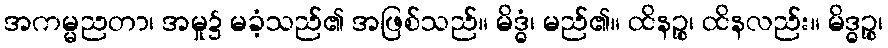
အကမ္မညတာ၊ အမှု၌ မခံ့သည်၏ အဖြစ်သည်။ မိဒ္ဓံ၊ မည်၏။ ထိနဉ္စ၊ ထိနလည်း။ မိဒ္ဓဉ္စ၊